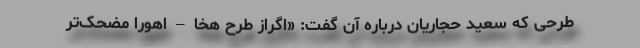
طرحی که سعید حجاریان درباره آن گفت: «اگراز طرح هخا – اهورا مضحک‌تر